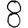
Digit: 8